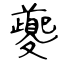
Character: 夔